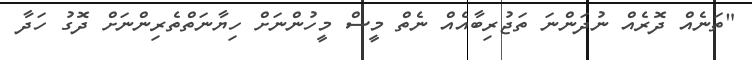
"ތަނެއް ދޮރެއް ނުދަންނަ ތަޖުރިބާއެއް ނެތް މީސް މީހުންނަށް ހިޔާނަތްތެރިންނަށް ދޮގު ހަދާ